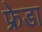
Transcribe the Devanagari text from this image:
फ्रेडा